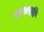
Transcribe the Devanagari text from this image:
स्‍थापति